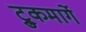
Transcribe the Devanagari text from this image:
ट्रुकमार्गे